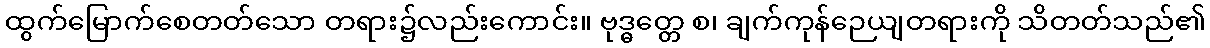
ထွက်မြောက်စေတတ်သော တရား၌လည်းကောင်း။ ဗုဒ္ဓတ္တေ စ၊ ချက်ကုန်ဉေယျတရားကို သိတတ်သည်၏